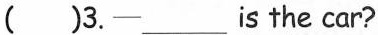
( )3. —___is the car?